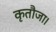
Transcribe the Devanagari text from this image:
कृतौजा।